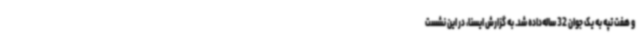
و هفت تپه به یک جوان 32 ساله‌داده‌ شد. به گزارش ایسنا، در این نشست